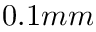
0 . 1 m m